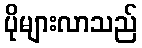
ပိုများလာသည်